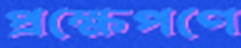
প্রক্ষেপণে